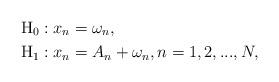
LaTeX: \begin{align*}\mathrm{H_0}:x_n&=\omega_n,\\\mathrm{H_1}:x_n&=A_n+\omega_n,n=1,2,...,N,\end{align*}